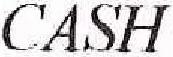
CASH